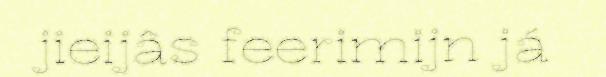
jieijâs feerimijn já